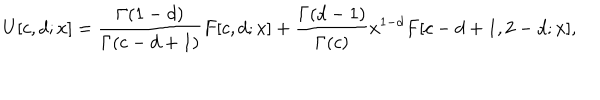
U [ c , d ; x ] = \frac { \Gamma ( 1 - d ) } { \Gamma ( c - d + 1 ) } F [ c , d ; x ] + \frac { \Gamma ( d - 1 ) } { \Gamma ( c ) } x ^ { 1 - d } F [ c - d + 1 , 2 - d ; x ] ,